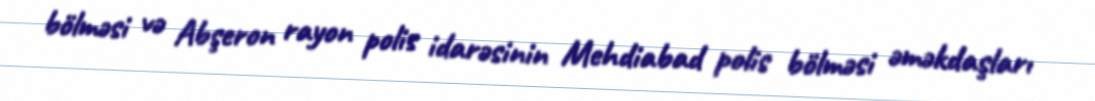
bölməsi və Abşeron rayon polis idarəsinin Mehdiabad polis bölməsi əməkdaşları